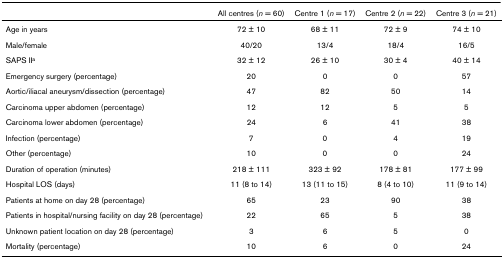
<table><thead><tr><td></td><td><b>All centres (<i>n </i>= 60)</b></td><td><b>Centre 1 (<i>n </i>= 17)</b></td><td><b>Centre 2 (<i>n </i>= 22)</b></td><td><b>Centre 3 (<i>n </i>= 21)</b></td></tr></thead><tbody><tr><td>Age in years</td><td>72 ± 10</td><td>68 ± 11</td><td>72 ± 9</td><td>74 ± 10</td></tr><tr><td>Male/female</td><td>40/20</td><td>13/4</td><td>18/4</td><td>16/5</td></tr><tr><td>SAPS II<sup>a</sup></td><td>32 ± 12</td><td>26 ± 10</td><td>30 ± 4</td><td>40 ± 14</td></tr><tr><td>Emergency surgery (percentage)</td><td>20</td><td>0</td><td>0</td><td>57</td></tr><tr><td>Aortic/iliacal aneurysm/dissection (percentage)</td><td>47</td><td>82</td><td>50</td><td>14</td></tr><tr><td>Carcinoma upper abdomen (percentage)</td><td>12</td><td>12</td><td>5</td><td>5</td></tr><tr><td>Carcinoma lower abdomen (percentage)</td><td>24</td><td>6</td><td>41</td><td>38</td></tr><tr><td>Infection (percentage)</td><td>7</td><td>0</td><td>4</td><td>19</td></tr><tr><td>Other (percentage)</td><td>10</td><td>0</td><td>0</td><td>24</td></tr><tr><td>Duration of operation (minutes)</td><td>218 ± 111</td><td>323 ± 92</td><td>178 ± 81</td><td>177 ± 99</td></tr><tr><td>Hospital LOS (days)</td><td>11 (8 to 14)</td><td>13 (11 to 15)</td><td>8 (4 to 10)</td><td>11 (9 to 14)</td></tr><tr><td>Patients at home on day 28 (percentage)</td><td>65</td><td>23</td><td>90</td><td>38</td></tr><tr><td>Patients in hospital/nursing facility on day 28 (percentage)</td><td>22</td><td>65</td><td>5</td><td>38</td></tr><tr><td>Unknown patient location on day 28 (percentage)</td><td>3</td><td>6</td><td>5</td><td>0</td></tr><tr><td>Mortality (percentage)</td><td>10</td><td>6</td><td>0</td><td>24</td></tr></tbody></table>